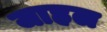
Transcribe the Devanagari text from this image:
जाहल